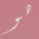
هو